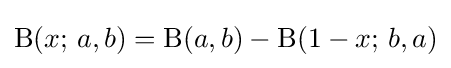
\mathrm {B} (x;\,a,b)=\mathrm {B} (a,b)-\mathrm {B} (1-x;\,b,a)